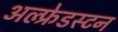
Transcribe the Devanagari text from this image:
अल्फ़्रेडस्टन